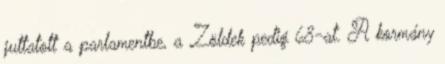
juttatott a parlamentbe, a Zöldek pedig 68-at. A kormány